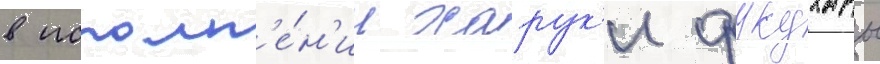
в исполн'е́н'ии харук'и фукухары